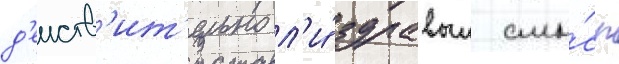
д'еиств'ит'ельно л'и́ здравыи смы́сл